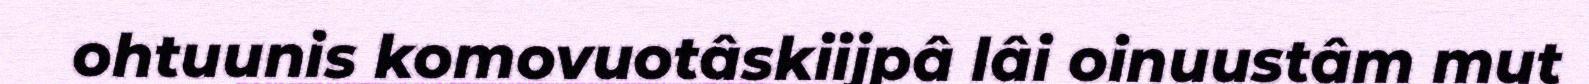
ohtuunis komovuotâskiijpâ lâi oinuustâm mut